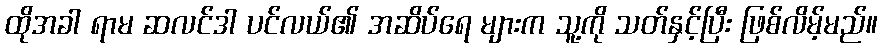
ထိုအခါ ရာမ ဆလင်ဒါ ပင်လယ်၏ အဆိပ်ရေ များက သူ့ကို သတ်နှင့်ပြီး ဖြစ်လိမ့်မည်။